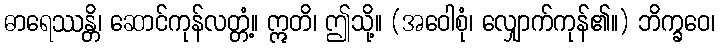
ဓာရေဿန္တိ၊ ဆောင်ကုန်လတ္တံ့။ ဣတိ၊ ဤသို့။ (အဝေါစုံ၊ လျှောက်ကုန်၏။) ဘိက္ခဝေ၊